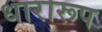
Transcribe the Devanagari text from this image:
धारारूप